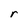
Character: r